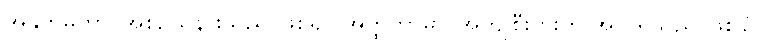
အနုကမ္ပိကာ၊ အစဉ်သနားသည် ဖြစ်၍။ အတ္ထကာမာ၊ အကျိုစီးပွားကို အလိုရှိသည် ဖြစ်၍။